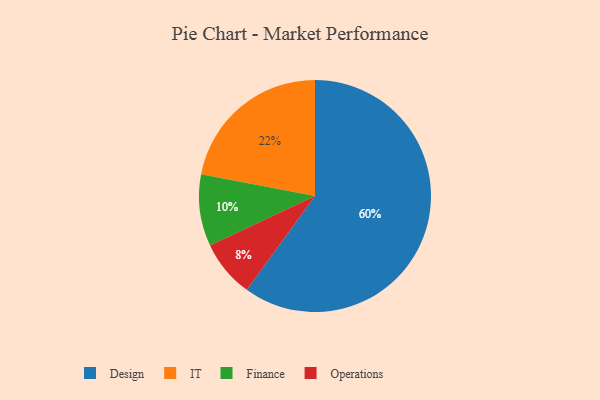
{"axis": {"x": "Category", "y": "Percentage"}, "legend": ["Design", "Finance", "IT", "Operations"], "data": [{"x": "IT", "y": 22, "type": "IT"}, {"x": "Finance", "y": 10, "type": "Finance"}, {"x": "Operations", "y": 8, "type": "Operations"}, {"x": "Design", "y": 60, "type": "Design"}]}